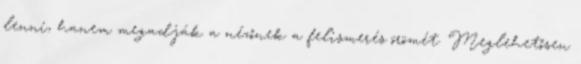
lenni, hanem megadják a nézőnek a felismerés örömét. Meglehetősen